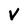
Character: V